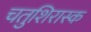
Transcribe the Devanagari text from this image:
चतुशिरास्क